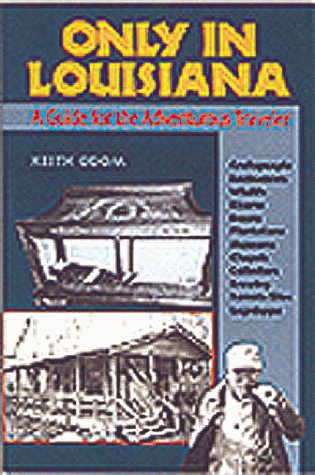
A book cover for Only in Louisiana: A Guide for the Adventurous Traveler; Keith Odom; Travel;